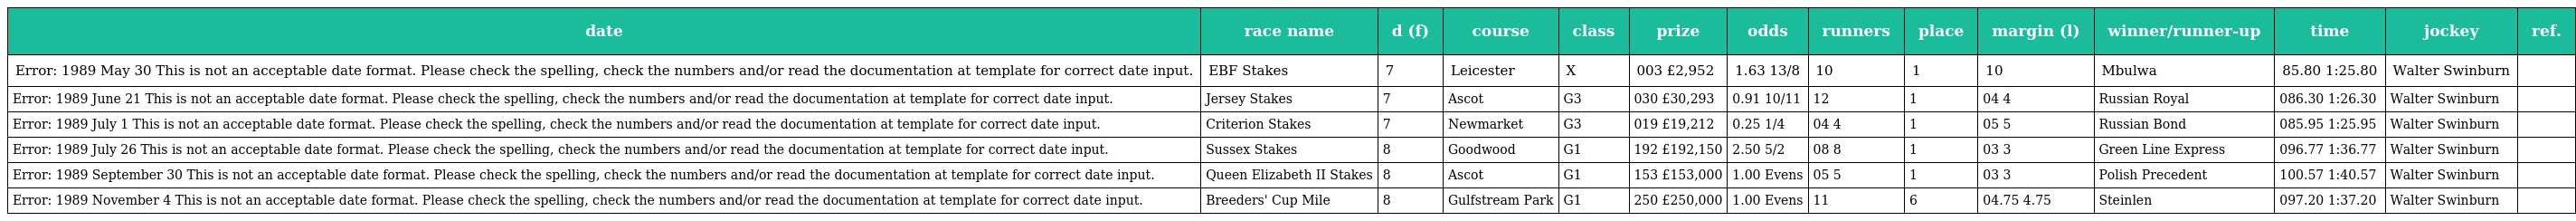
| date | race name | d (f) | course | class | prize | odds | runners | place | margin (l) | winner/runner-up | time | jockey | ref. |
 | --- | --- | --- | --- | --- | --- | --- | --- | --- | --- | --- | --- | --- | --- |
 | Error: 1989 May 30 This is not an acceptable date format. Please check the spelling, check the numbers and/or read the documentation at template for correct date input. | EBF Stakes | 7 | Leicester | X | 003 £2,952 | 1.63 13/8 | 10 | 1 | 10 | Mbulwa | 85.80 1:25.80 | Walter Swinburn |  |
 | Error: 1989 June 21 This is not an acceptable date format. Please check the spelling, check the numbers and/or read the documentation at template for correct date input. | Jersey Stakes | 7 | Ascot | G3 | 030 £30,293 | 0.91 10/11 | 12 | 1 | 04 4 | Russian Royal | 086.30 1:26.30 | Walter Swinburn |  |
 | Error: 1989 July 1 This is not an acceptable date format. Please check the spelling, check the numbers and/or read the documentation at template for correct date input. | Criterion Stakes | 7 | Newmarket | G3 | 019 £19,212 | 0.25 1/4 | 04 4 | 1 | 05 5 | Russian Bond | 085.95 1:25.95 | Walter Swinburn |  |
 | Error: 1989 July 26 This is not an acceptable date format. Please check the spelling, check the numbers and/or read the documentation at template for correct date input. | Sussex Stakes | 8 | Goodwood | G1 | 192 £192,150 | 2.50 5/2 | 08 8 | 1 | 03 3 | Green Line Express | 096.77 1:36.77 | Walter Swinburn |  |
 | Error: 1989 September 30 This is not an acceptable date format. Please check the spelling, check the numbers and/or read the documentation at template for correct date input. | Queen Elizabeth II Stakes | 8 | Ascot | G1 | 153 £153,000 | 1.00 Evens | 05 5 | 1 | 03 3 | Polish Precedent | 100.57 1:40.57 | Walter Swinburn |  |
 | Error: 1989 November 4 This is not an acceptable date format. Please check the spelling, check the numbers and/or read the documentation at template for correct date input. | Breeders' Cup Mile | 8 | Gulfstream Park | G1 | 250 £250,000 | 1.00 Evens | 11 | 6 | 04.75 4.75 | Steinlen | 097.20 1:37.20 | Walter Swinburn |  |